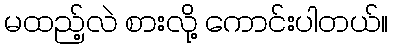
မထည့်လဲ စားလို့ ကောင်းပါတယ်။